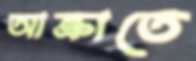
আক্রাতে